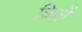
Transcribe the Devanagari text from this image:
क़िलें